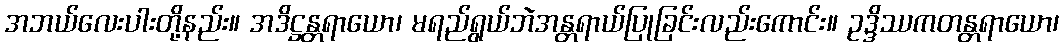
အဘယ်လေးပါးတို့နည်း။ အဒိဋ္ဌန္တရာယော၊ မရည်ရွယ်ဘဲအန္တရာယ်ပြုခြင်းလည်းကောင်း။ ဥဒ္ဒိဿကတန္တရာယော၊